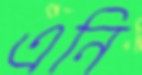
এনি